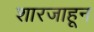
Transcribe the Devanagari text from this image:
शारजाहून